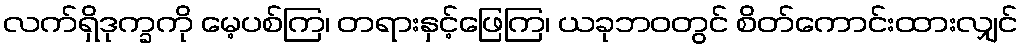
လက်ရှိဒုက္ခကို မေ့ပစ်ကြ၊ တရားနှင့်ဖြေကြ၊ ယခုဘဝတွင် စိတ်ကောင်းထားလျှင်